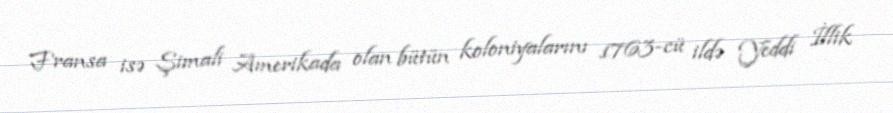
Fransa isə Şimali Amerikada olan bütün koloniyalarını 1763-cü ildə Yeddi İllik